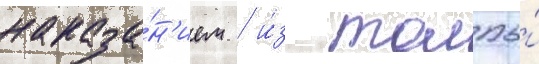
наказа́н'ием / и́з толпы́